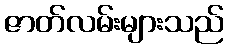
ဇာတ်လမ်းများသည်